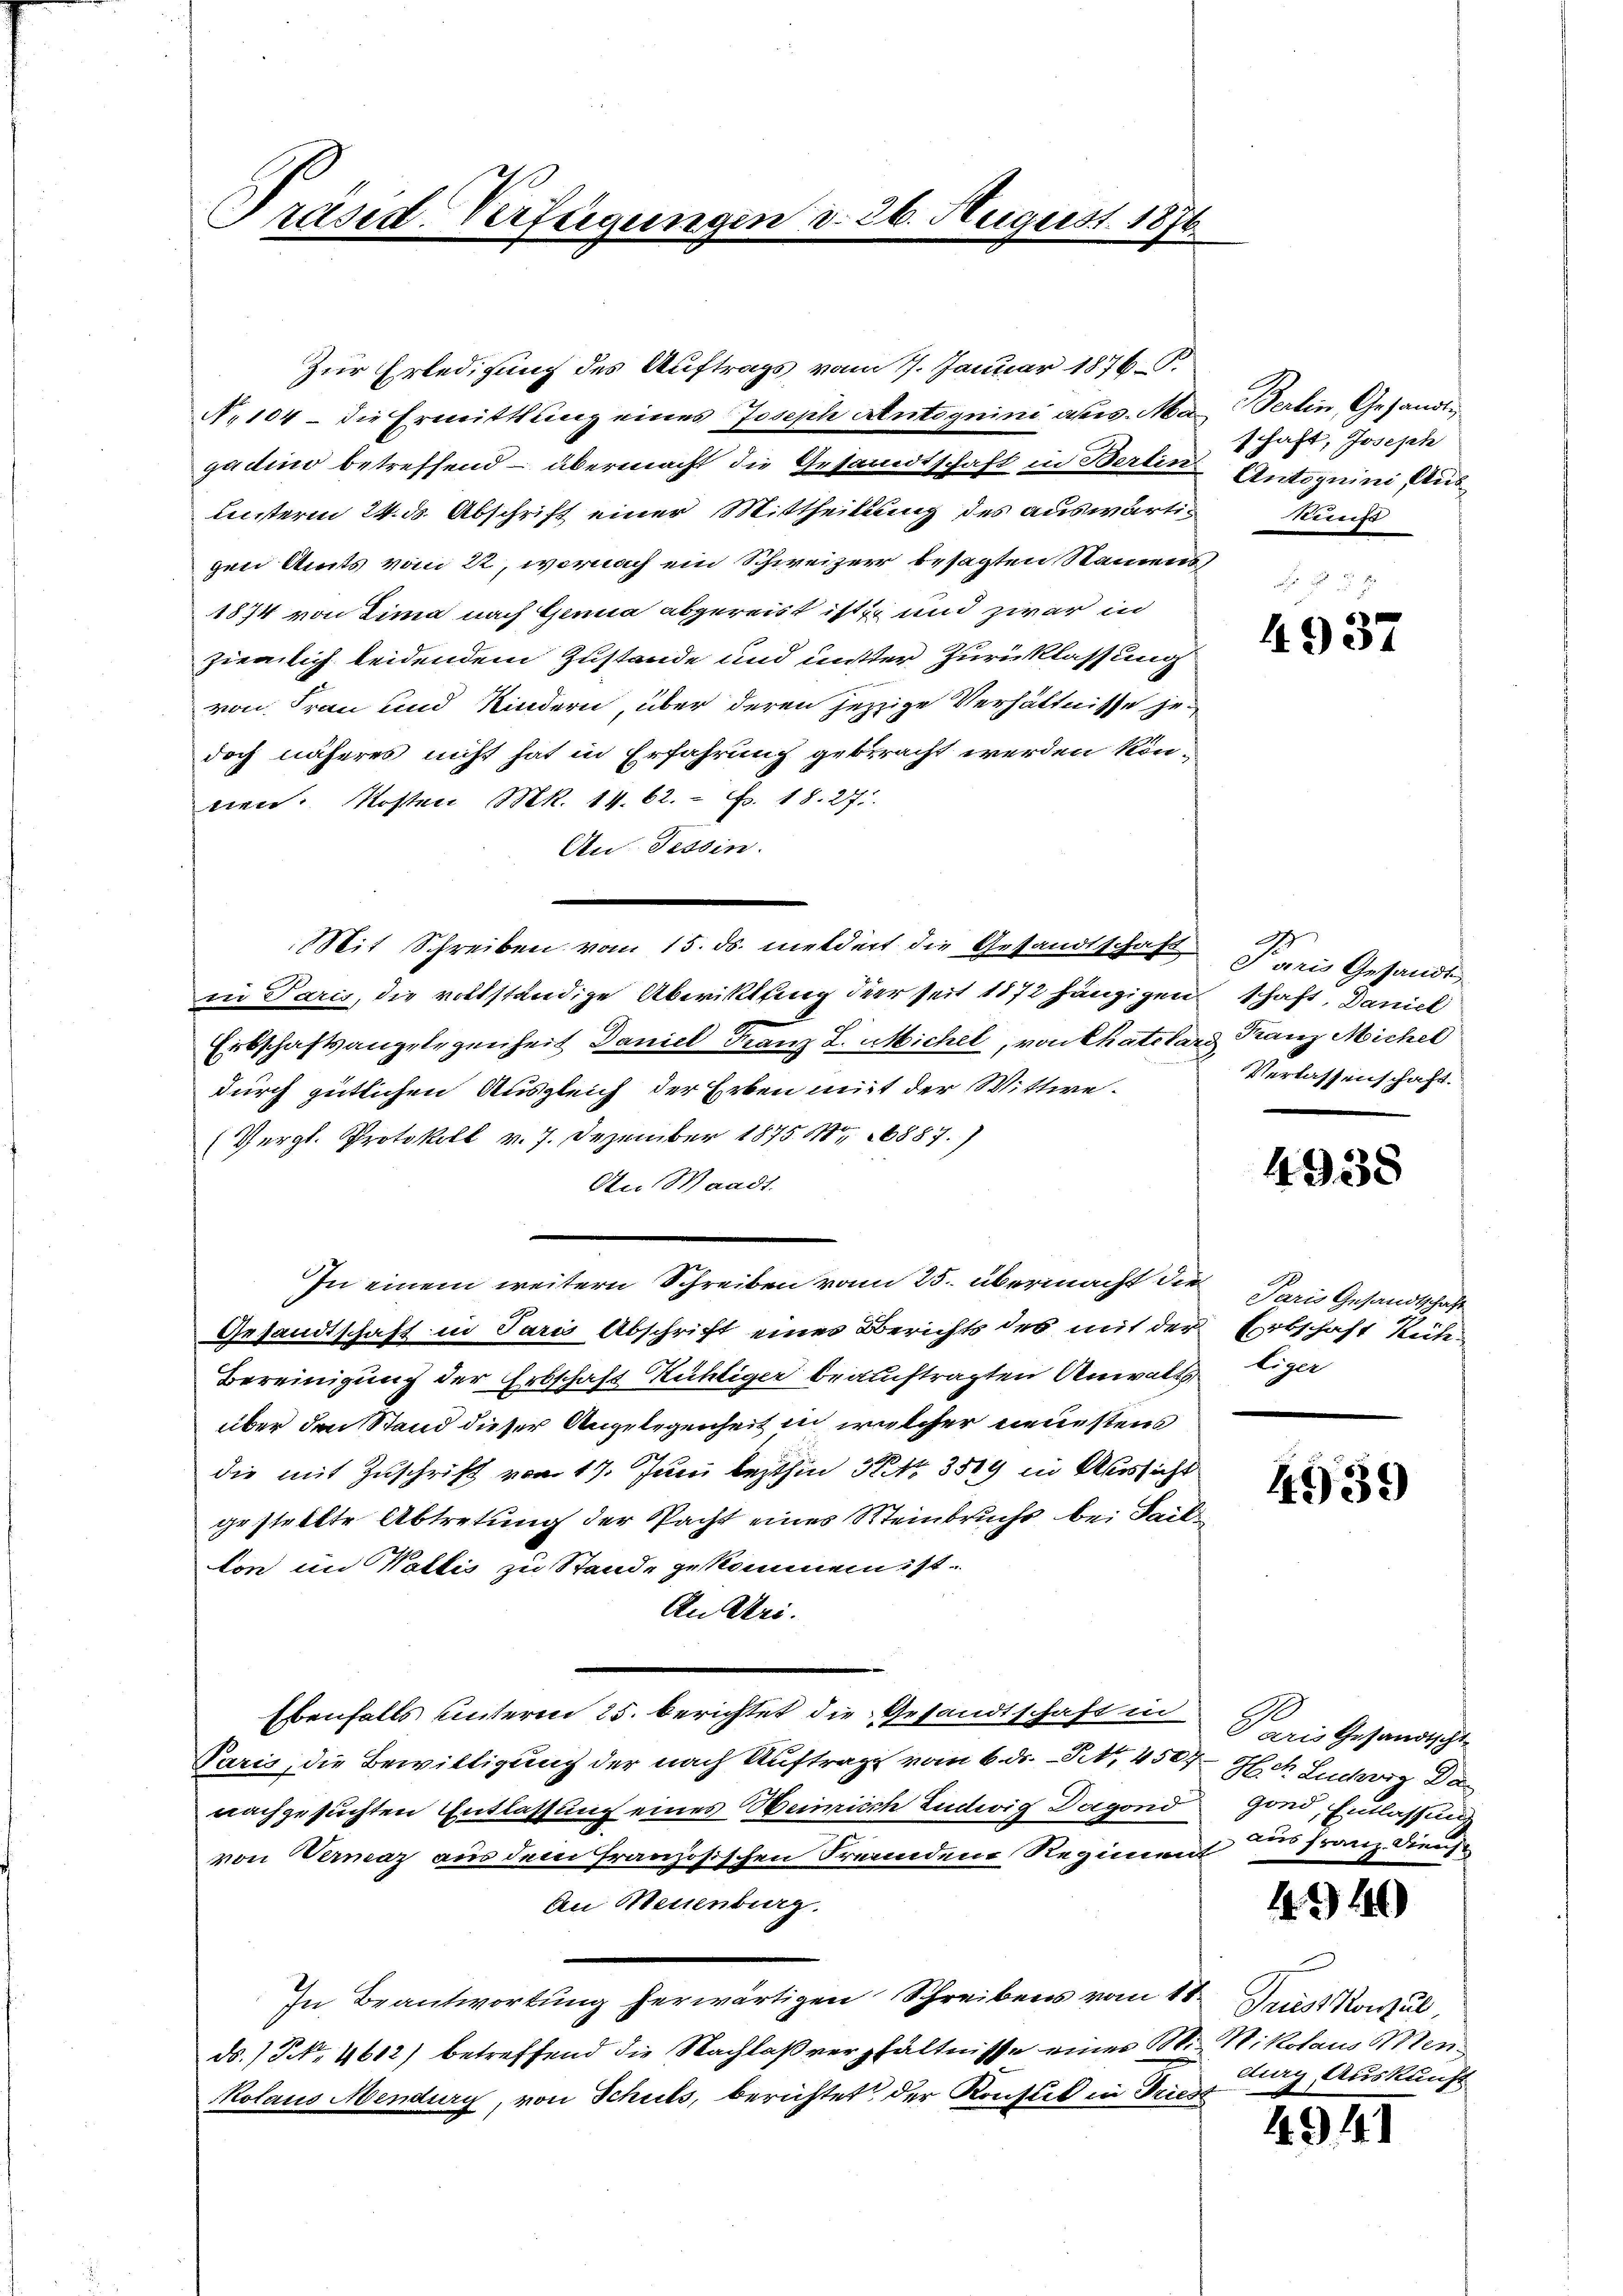
Präsid. Verfügungen

26. August 1876.

Zur Erledigung des Auftrags vom 7. Januar 1876 P.
N. 104 - die Ermittlung eines Joseph Autoguini aus. Magadino betreffend – übermacht die Gesandtschaft in Bertini
unterm 24. ds. Abschrift einer Mittheilung des auswärtigen Amts vom 22, wornach ein Schweizer besagten Namens,
1874 von Zima nach Genua abgereist ist er und zwar in
ziemlich beidendem Zustande und mitter Zurücklassung
von Frau und Kindern, über deren jetzige Verhältnisse jedoch näheres nicht hat in Erfahrung gebracht werden kön-
nen. Kosten MR. 14. 62.  Fr. 18. 27.
An Tessin.
Mit Schreiben vom 15. ds. meldert die Gesandtschaft
in Paris, die vollständige Abwiktfung der seit 1872 hängigen schaft, Daniel
Erbschaftsangelegenheit Daniel Franz L. Michel, von Chatelard Franz Michel
durch gütlichen Ausgleich der Erben mit der Wittwe¬
(Vergl. Protokoll v. 7. Dezember 1875. 111 6887.)
An Waadt.
In einem weitern Schreiben vom 25. übermacht die
Gesandtschaft in Paris Abschrift einer Berichts des mit der Erbschaft Reit¬
Bereinigung der Erbschaft Richtiger beauftragten Anwalttiger
über den Stand dieser Angelegenheit in welcher neuestens
die mit Zuschrift vom 17. Juni lezthin Nr. 3519 in Aussicht
gestellte Abtretung der Pacht eines Meinbruchs bei Fail
ton im Wallis zu Stande gekommen ist.
An Uri.
Ebenfalls unterm 25. berichtet die Gesandtschaft in
Paris, die Bewilligung der nach Auftrag vom 6. ds. S. 450
nachgesuchten Entlassung eines Weinrich Indwig Dagond
von Vermaz aus dem französischen Freundene Regiment
An Neuenburg.
In Beantwortung herwärtigen Schreibens vom 11.
ds.) S. 4612) betreffend die Nachlaßverhältnisse einer Sti¬
Kolaus Mendury, von Schuls, berichtet der Konstit in Tries

Benten Gesandti
schaft, Joseph
Antoguini, Auskunst

4937

A
Saris Gesandt
Verlassenschaft.

4938

Paris Gesandtschaft

4939

Paris Gesandtsche
H. d. Ludwig Da
gond, Entlassung
aus Franz. Diens

4240

Tristkonsul,
Mikolaus Men-
durg, Auskunft

4941